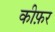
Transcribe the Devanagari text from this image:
कीफ़र